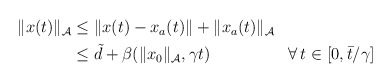
\begin{align*}\begin{aligned}\|x(t)\|_{\mathcal{A}} & \le \|x(t)-x_a(t)\| + \|x_a(t)\|_\mathcal{A}\\ & \le \tilde{d} + \beta(\|x_0\|_{\mathcal{A}},\gamma t) && \forall \, t \in [0, \bar{t}/\gamma]\end{aligned}\end{align*}